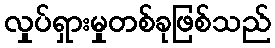
လှုပ်ရှားမှုတစ်ခုဖြစ်သည်